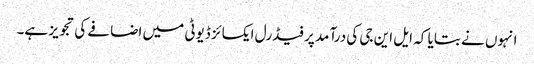
انہوں نے بتایا کہ ایل این جی کی درآمد پر فیڈرل ایکسائز ڈیوٹی میں اضافے کی تجویز ہے۔